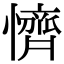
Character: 懠